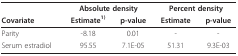
|  | <COLSPAN=2> Absolute density | <COLSPAN=2> Percent density |
 | Covariate | Estimate1) | p-value | Estimate | p-value |
 | --- | --- | --- | --- | --- |
 | Parity | -8.18 | 0.01 | - | - |
 | Serum estradiol | 95.55 | 7.1E-05 | 51.31 | 9.3E-03 |